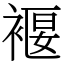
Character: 褗